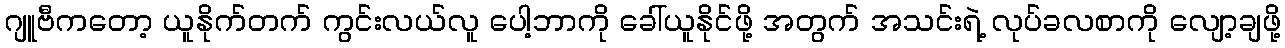
ဂျူဗီကတော့ ယူနိုက်တက် ကွင်းလယ်လူ ပေါ့ဘာကို ခေါ်ယူနိုင်ဖို့ အတွက် အသင်းရဲ့ လုပ်ခလစာကို လျော့ချဖို့